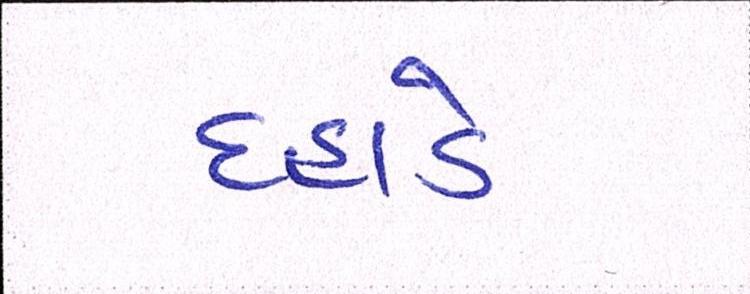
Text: દહાડે